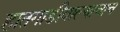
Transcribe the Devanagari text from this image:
हातगाडीवाल्याचाच